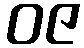
ဝဇ